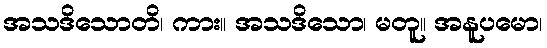
အသဒိသောတိ၊ ကား။ အသဒိသော၊ မတူ။ အနူပမော၊